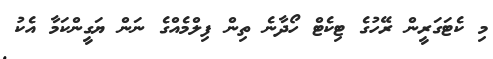
މި ކެޓަގަރީން ރޭހުގެ ޓިކެޓް ހޯދާނެ ތިން ފިލްމެއްގެ ނަން ޔަގީންކަމާ އެކު